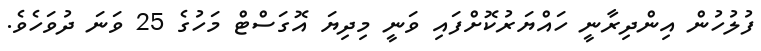
ފުލުހުން އިންދިރާނީ ހައްޔަރުކޮށްފައި ވަނީ މިދިޔަ އޮގަސްޓް މަހުގެ 25 ވަނަ ދުވަހެވެ.